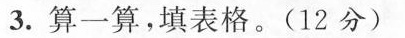
3.算一算，填表格。(12分)